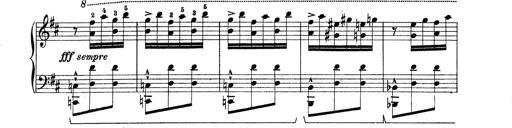
Title: Rapsodie: 19 ungheresi, 1 spagnuola
Composer: Franz Liszt